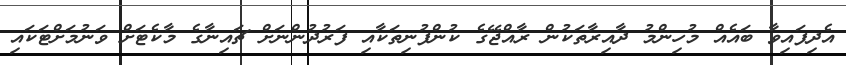
އެދިފައިވާ ބައެއް މުހިންމު ދާއިރާތަކުން ރާއްޖޭގެ ކުންފުނިތަކާއި ފަރުދުންނަށް ޗައިނާގެ މާކެޓަށް ވަނުމަށްޓަކައި